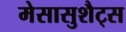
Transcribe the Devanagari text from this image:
मेसासुशैट्स